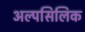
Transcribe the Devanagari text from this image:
अल्पसिलिक